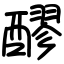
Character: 醪